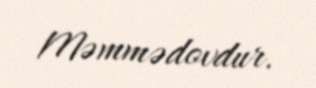
Məmmədovdur.